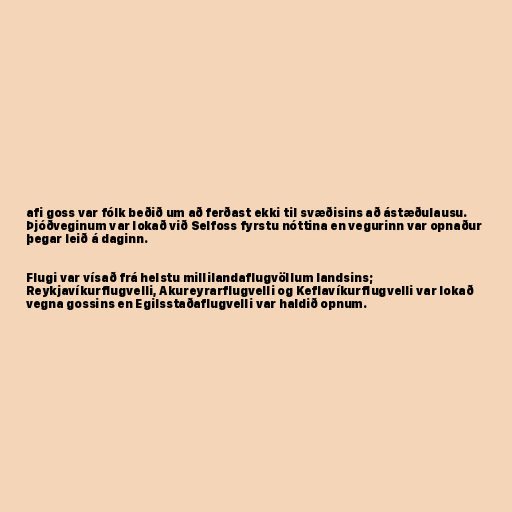
afi goss var fólk beðið um að ferðast ekki til svæðisins að ástæðulausu.
Þjóðveginum var lokað við Selfoss fyrstu nóttina en vegurinn var opnaður
þegar leið á daginn.

Flugi var vísað frá helstu millilandaflugvöllum landsins;
Reykjavíkurflugvelli, Akureyrarflugvelli og Keflavíkurflugvelli var lokað
vegna gossins en Egilsstaðaflugvelli var haldið opnum.